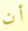
أن